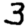
Digit: 3